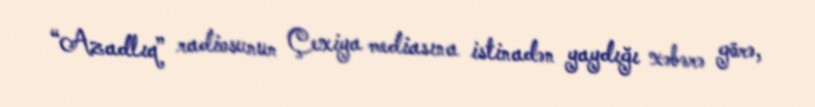
“Azadlıq” radiosunun Çexiya mediasına istinadən yaydığı xəbərə görə,